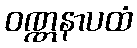
ဝဏ္ဏနာပထံ